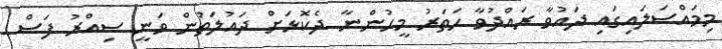
މިމައްސަލައިގައި ދައުވާ ރައްދުވާ ހަތަރު މީހުންނާ ދެކޮޅަށް ދައުލަތުން ވަނީ ސިއްރު ފަސް